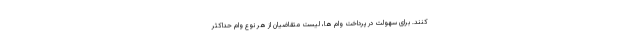
کنند. برای سهولت در پرداخت وام ها، لیست متقاضیان از هر نوع وام حداکثر